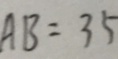
A B = 3 5